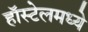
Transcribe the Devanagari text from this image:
हॉस्टेलमध्ये